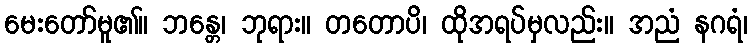
မေးတော်မူ၏။ ဘန္တေ၊ ဘုရား။ တတောပိ၊ ထိုအရပ်မှလည်း။ အညံ နဂရံ၊